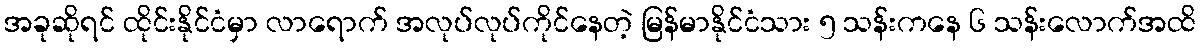
အခုဆိုရင် ထိုင်းနိုင်ငံမှာ လာရောက် အလုပ်လုပ်ကိုင်နေတဲ့ မြန်မာနိုင်ငံသား ၅ သန်းကနေ ၆ သန်းလောက်အထိ